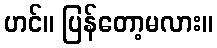
ဟင်။ ပြန်တော့မလား။